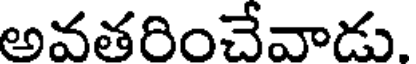
అవతరించేవాడు.